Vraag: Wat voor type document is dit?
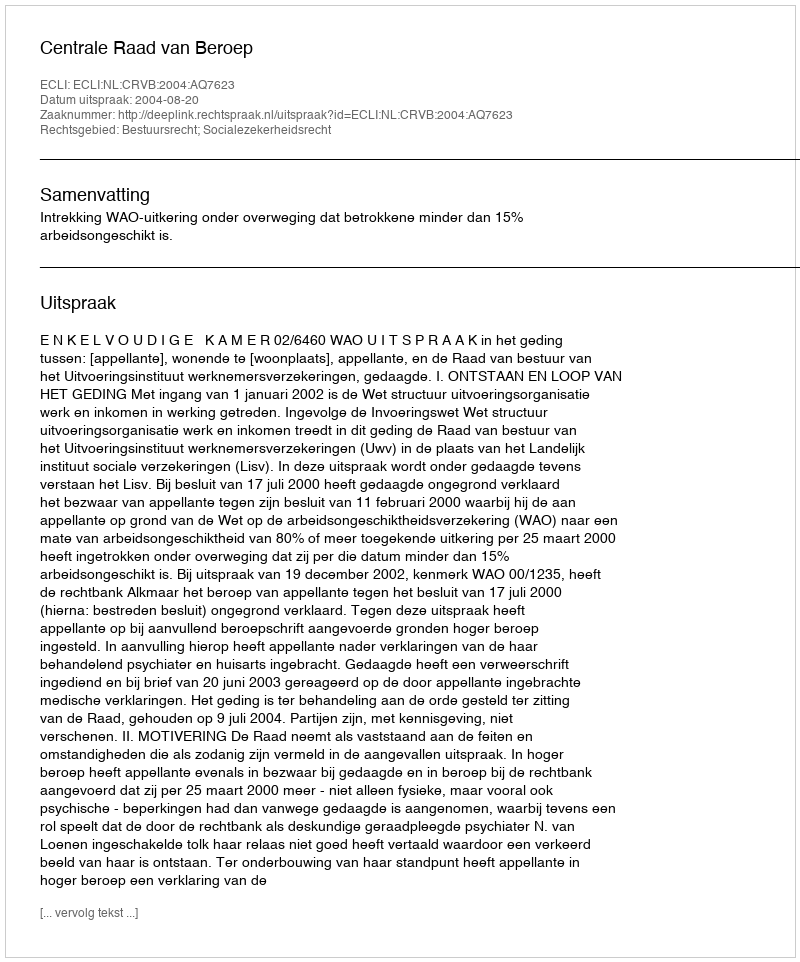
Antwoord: Uitspraak